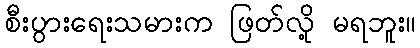
စီးပွားရေးသမားက ဖြတ်လို့ မရဘူး။